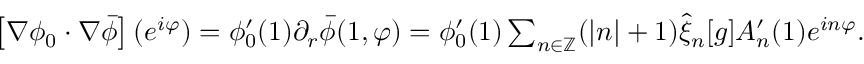
\begin{array} { r } { \left[ \nabla \phi _ { 0 } \cdot \nabla \bar { \phi } \right] ( e ^ { i \varphi } ) = \phi _ { 0 } ^ { \prime } ( 1 ) \partial _ { r } \bar { \phi } ( 1 , \varphi ) = \phi _ { 0 } ^ { \prime } ( 1 ) \sum _ { n \in \mathbb { Z } } ( | n | + 1 ) \hat { \xi } _ { n } [ g ] A _ { n } ^ { \prime } ( 1 ) e ^ { i n \varphi } . } \end{array}